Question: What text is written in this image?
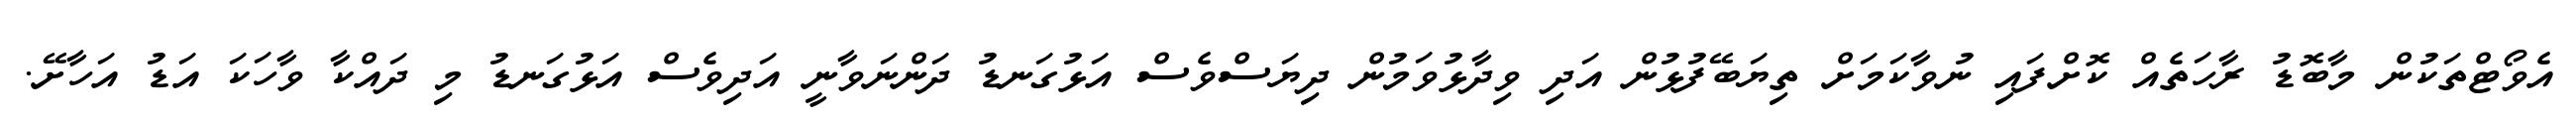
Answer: އެވޯޓްތަކުން މާބޮޑު ރާހަތެއް ކޮށްފައި ނުވާކަމަށް ތިޔަބޭފުޅުން އަދި ވިދާޅުވަމުން ދިޔަސްވެސް އަޅުގަނޑު ދަންނަވާނީ އަދިވެސް އަޅުގަނޑު މި ދައްކާ ވާހަކަ އަޑު އަހާށޭ.